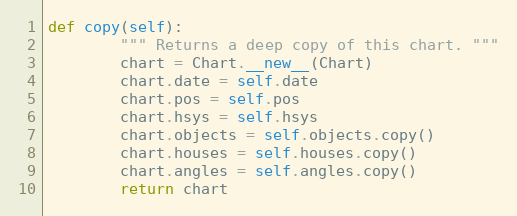
Language: Python
def copy(self):
        """ Returns a deep copy of this chart. """
        chart = Chart.__new__(Chart)
        chart.date = self.date
        chart.pos = self.pos
        chart.hsys = self.hsys
        chart.objects = self.objects.copy()
        chart.houses = self.houses.copy()
        chart.angles = self.angles.copy()
        return chart